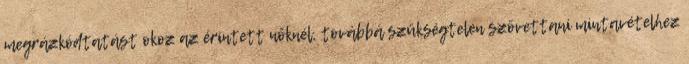
megrázkódtatást okoz az érintett nőknél, továbbá szükségtelen szövettani mintavételhez